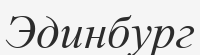
Эдинбург